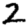
Digit: 2